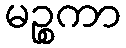
မဉ္စကာ